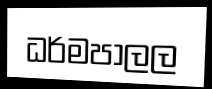
ධර්මපාලල